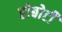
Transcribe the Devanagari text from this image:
रोबोटी